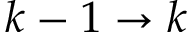
k - 1 \rightarrow k